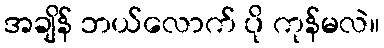
အချိန် ဘယ်လောက် ပို ကုန်မလဲ။